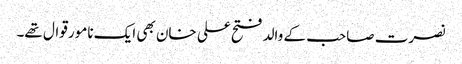
نصرت صاحب کے والد فتح علی خان بھی ایک نامور قوال تھے۔